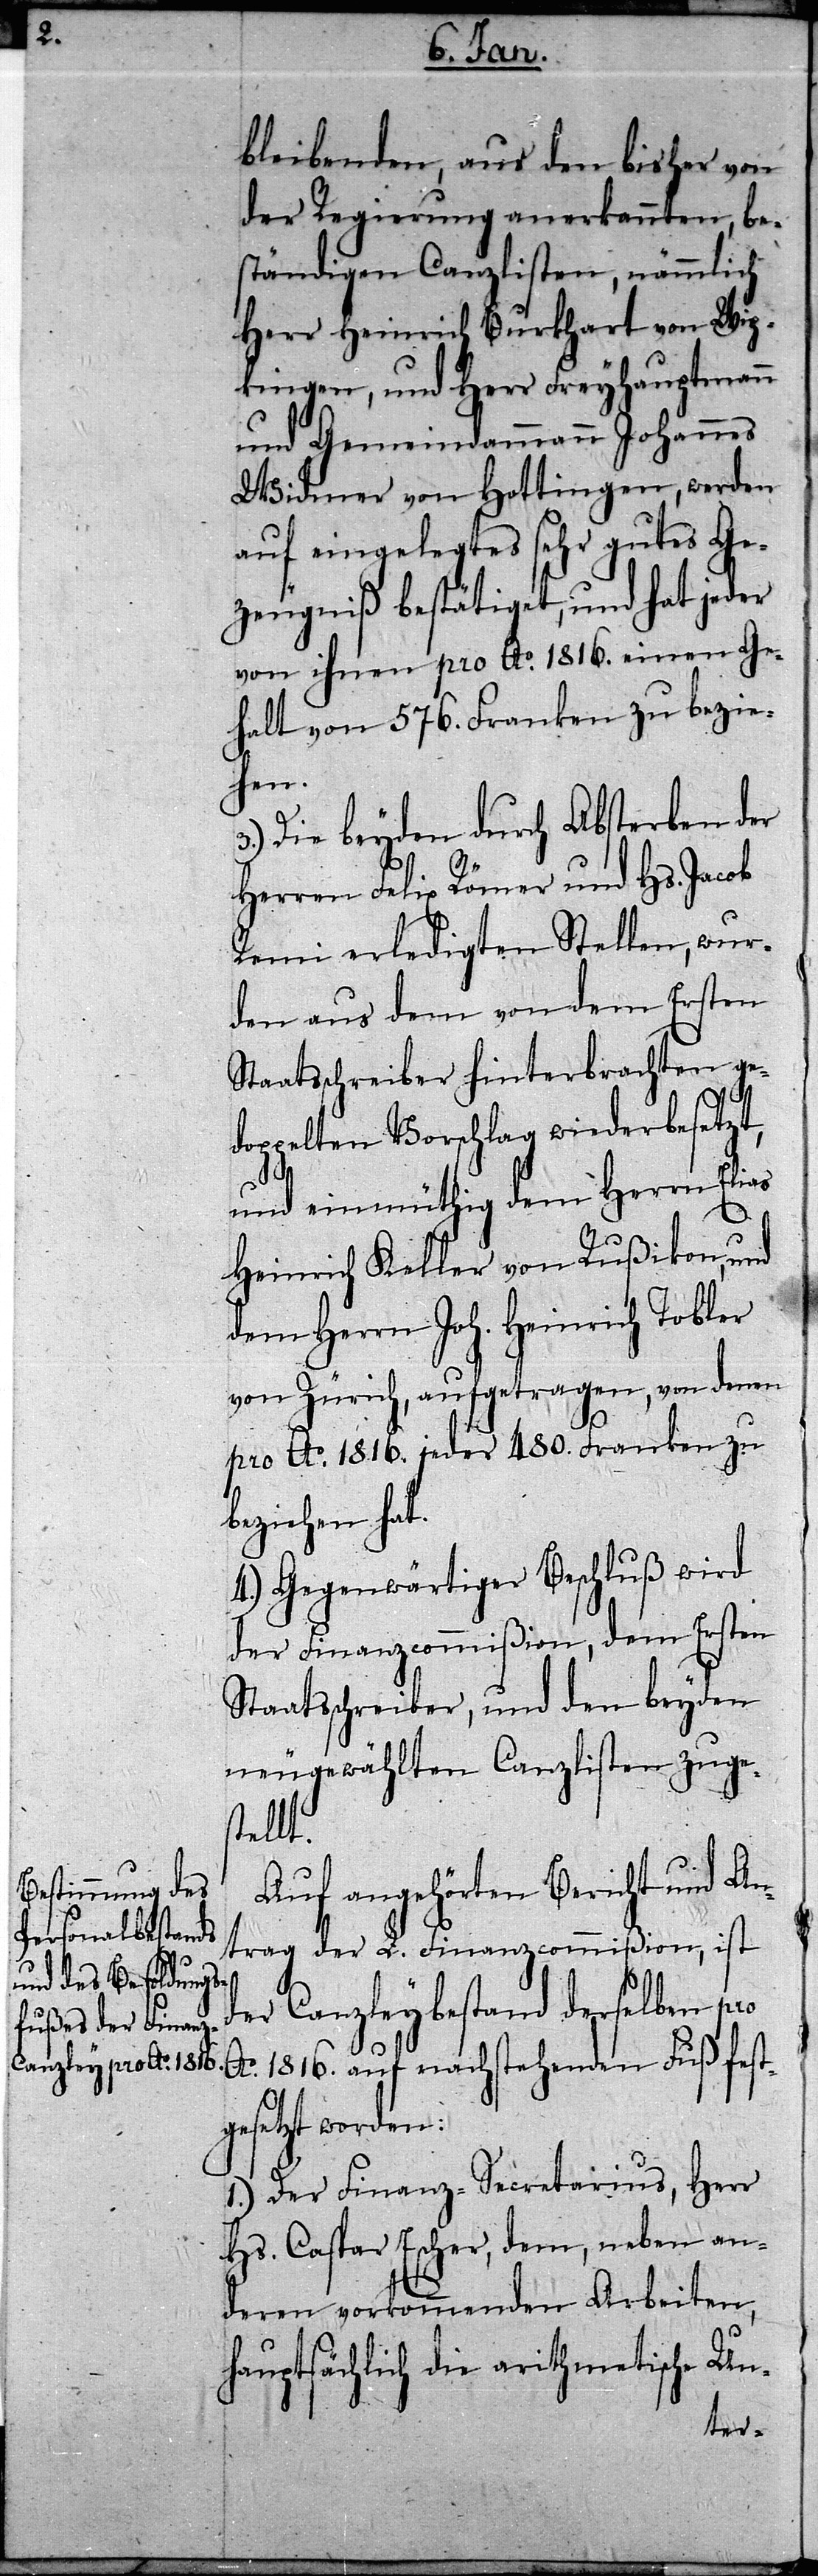
bleibenden, aus den bisher von
der Regierung anerkannten, be¬
ständigen Canzlisten, nämmlich
Herr Heinrich Burkhart von Wip¬
kingen, und Herr Freyhauptmann
und Gemeindammann Johannes
Widmer von Hottingen, werden
auf eingelegtes sehr gutes Ge¬
zeugniß bestätiget, und hat jeder
von ihnen pro Ao. 1816 einen Ge¬
halt von 576. Franken zu bezie¬
hen.
Die beyden durch Absterben der
Herren Felix Römer und Hs. Jacob
Remi erledigten Stellen, wur¬
den aus dem von dem Ersten
Staatsschreiber hinterbrachten ge¬
doppelten Vorschlag wiederbesetzt,
und einmüthig dem Herrn Elias
Heinrich Keller von Rußikon, und
dem Herrn Joh. Heinrich Tobler
von Zürich, aufgetragen, von denen
pro Ao. 1816. jeder 480. Franken zu
beziehen hat.
4.) Gegenwärtiger Beschluß wird
der Finanzcommißion, dem Ersten
Staatsschreiber, und den beyden
neugewählten Canzlisten zuges¬
tellt.
Auf angehörten Bericht und An¬
trag der L. Finanzcommißion, ist
der Canzleybestand derselben pro
Ao. 1816. auf nachstehenden Fuß fest¬
gesetzt worden:
1.) Der Finanz-Secretarius, Herr
Hs. Caspar Escher, dem, neben an¬
deren vorkommenden Arbeiten,
hauptsächlich die arithmetische Un-